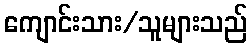
ကျောင်းသား/သူများသည်